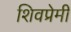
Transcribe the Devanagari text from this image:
शिवप्रेमी